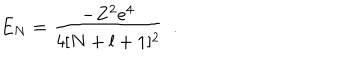
E _ { N } = \frac { - Z ^ { 2 } e ^ { 4 } } { 4 [ N + l + 1 ] ^ { 2 } } ~ ~ .